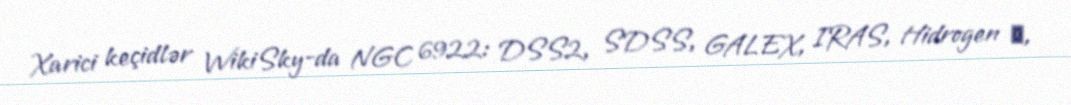
Xarici keçidlər WikiSky-da NGC 6922: DSS2, SDSS, GALEX, IRAS, Hidrogen α,